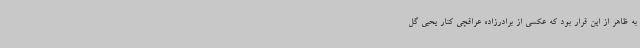
به‌ ظاهر از این قرار بود که عکسی از برادرزاده عراقچی کنار یحیی گل